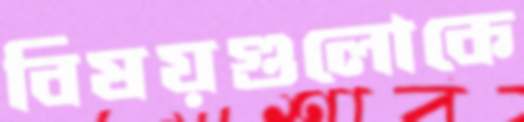
বিষয়গুলোকে